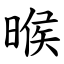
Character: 㬋